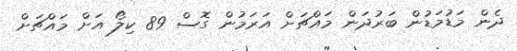
ދެން މަޑުމަޑުން ބަރުދަން މައްޗަށް އަރަމުން ގޮސް 89 ކިލޯ އަށް މައްޗަށް